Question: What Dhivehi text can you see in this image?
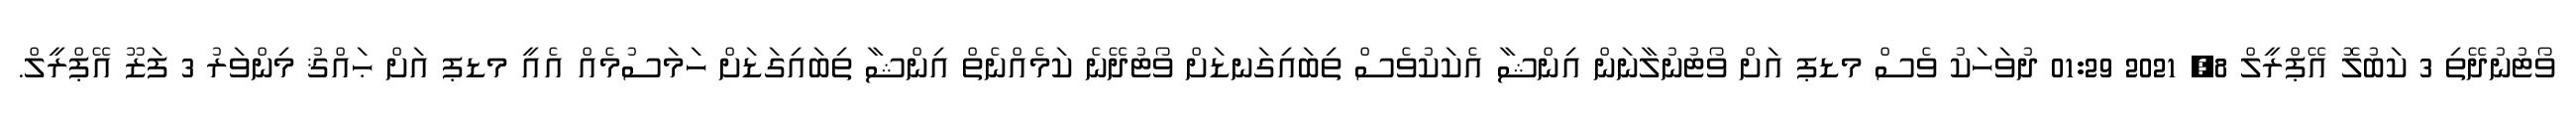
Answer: ވޯޓުނުދޭތި 3 ކަބުލޮ އޭޕްރީލް 8, 2021 01:29 ދުވަހަކު ވެސް މޑޕ އަށް ވޯޓުނުލާނަން އިންޝާ އެކަކުވެސް ތިބައިގަނޑަށް ވޯޓުދޭނެ ކަމެއްނެތް އިންޝާ ތިބައިގަޑަށް ހަމަސުމެއް އެއީ މޑޕ އަށް ޙައްޤު މިންވަރު 3 ފަޒޫ އޭޕްރީލް.